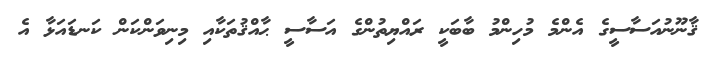
ޤާނޫނުއަސާސީގެ އެންމެ މުހިންމު ބާބަކީ ރައްޔިތުންގެ އަސާސީ ޙާއްޤުތަކާއި މިނިވަންކަން ކަނޑައަޅާ އެ